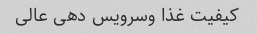
کیفیت غذا وسرویس دهی عالی